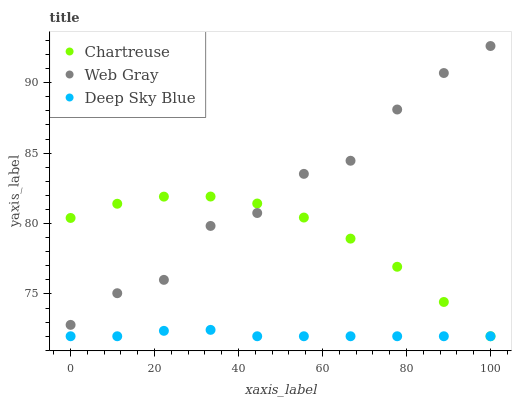
| xaxis_label | Chartreuse | Web Gray | Deep Sky Blue |
 | --- | --- | --- | --- |
 | 0 | 80.4 | 72.8 | 72 |
 | 11.1 | 81.4 | 75.1 | 72 |
 | 22.2 | 81.9 | 76 | 72.4 |
 | 33.3 | 81.9 | 79.8 | 72.5 |
 | 44.4 | 81.4 | 80.7 | 72 |
 | 55.6 | 80.4 | 83.5 | 72 |
 | 66.7 | 78.9 | 84.5 | 72 |
 | 77.8 | 76.9 | 88.1 | 72 |
 | 88.9 | 74.4 | 90.7 | 72 |
 | 100 | 72 | 92.6 | 72 |